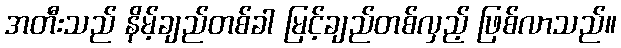
အတီးသည် နိမ့်ချည်တစ်ခါ မြင့်ချည်တစ်လှည့် ဖြစ်လာသည်။